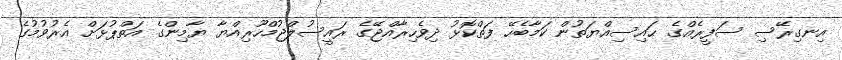
އިނގިރޭސި ސަފީރެއްގެ ޙައިސިއްޔަތުން ކަމާބެހޭ ފަތްކޮޅު ދިވެހިރާއްޖޭގެ ރައީސުލްޖުމްހޫރިއްޔާ ޔާމިންގެ އަތްޕުޅަށް އެރުވުމުގެ